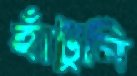
হাঁটুনি